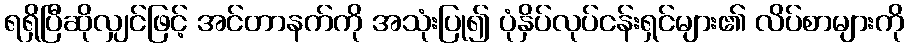
ရရှိပြီဆိုလျှင်ဖြင့် အင်တာနက်ကို အသုံးပြု၍ ပုံနှိပ်လုပ်ငန်းရှင်များ၏ လိပ်စာများကို